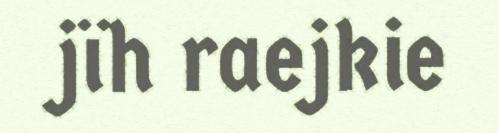
jïh raejkie